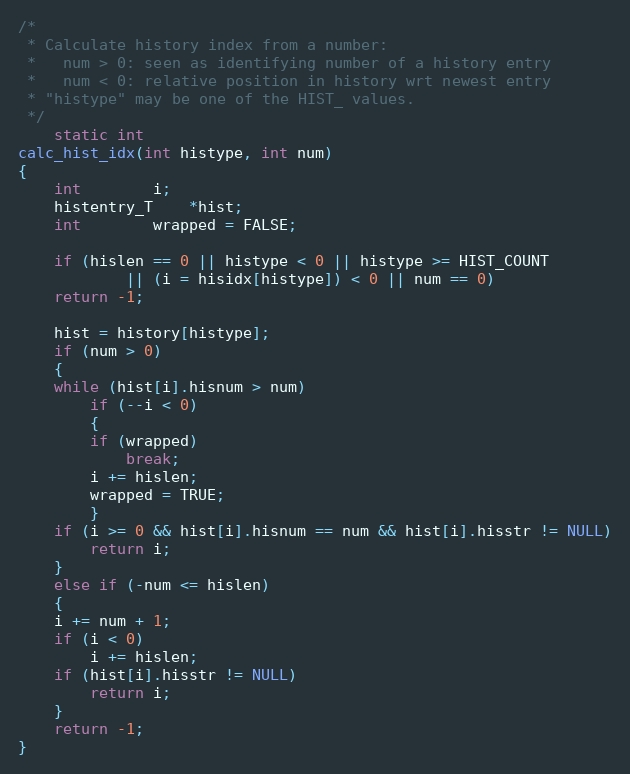
Language: C
/*
 * Calculate history index from a number:
 *   num > 0: seen as identifying number of a history entry
 *   num < 0: relative position in history wrt newest entry
 * "histype" may be one of the HIST_ values.
 */
    static int
calc_hist_idx(int histype, int num)
{
    int		i;
    histentry_T	*hist;
    int		wrapped = FALSE;

    if (hislen == 0 || histype < 0 || histype >= HIST_COUNT
		    || (i = hisidx[histype]) < 0 || num == 0)
	return -1;

    hist = history[histype];
    if (num > 0)
    {
	while (hist[i].hisnum > num)
	    if (--i < 0)
	    {
		if (wrapped)
		    break;
		i += hislen;
		wrapped = TRUE;
	    }
	if (i >= 0 && hist[i].hisnum == num && hist[i].hisstr != NULL)
	    return i;
    }
    else if (-num <= hislen)
    {
	i += num + 1;
	if (i < 0)
	    i += hislen;
	if (hist[i].hisstr != NULL)
	    return i;
    }
    return -1;
}